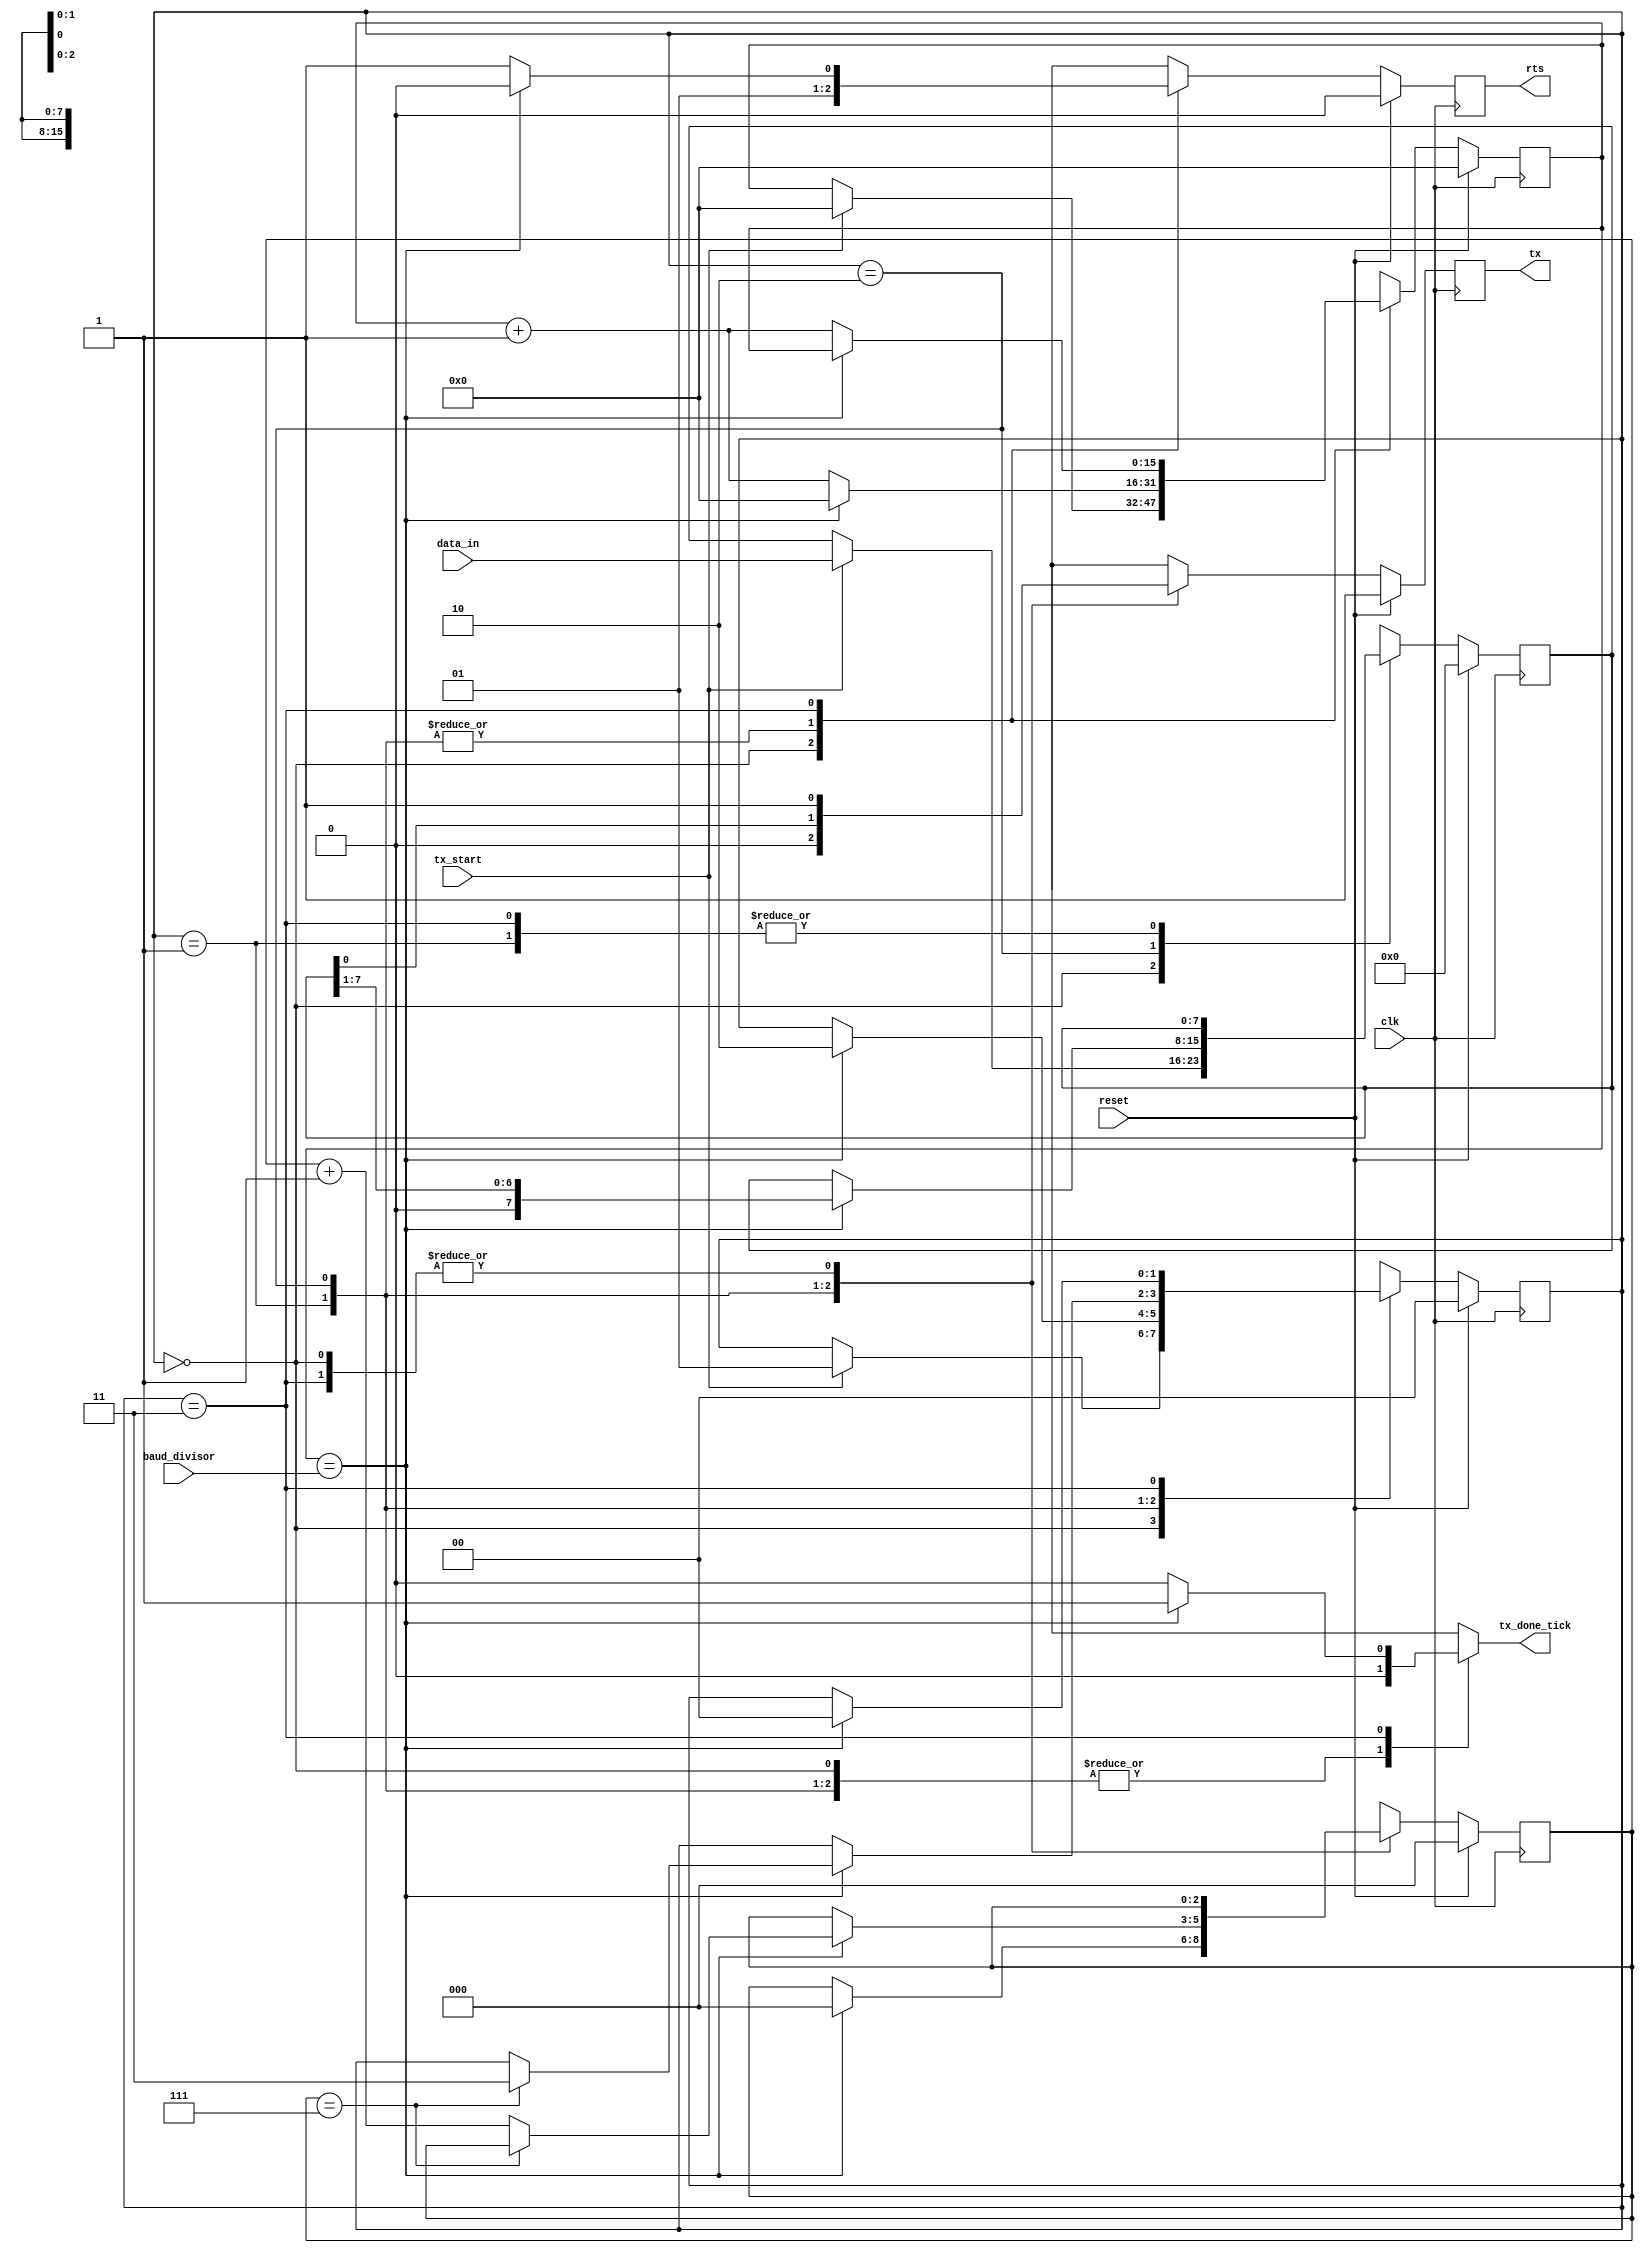
module uart_tx
	#(parameter
		DATA_BITS = 8,
		COUNTER_BITS = 16
	)
	(
		input wire clk,
		input wire reset,
		input wire tx_start,
		input wire [DATA_BITS-1:0] data_in,
		input wire [COUNTER_BITS-1:0] baud_divisor,
		output wire tx,
		output wire rts,
		output reg tx_done_tick
	);

	localparam [1:0]
		IDLE_STATE  = 2'd0,
		START_STATE = 2'd1,
		DATA_STATE  = 2'd2,
		STOP_STATE  = 2'd3;
	
	reg [1:0] state_current, state_next;
	reg [COUNTER_BITS-1:0] clk_counter_current, clk_counter_next;
	reg [2:0] bits_counter_current, bits_counter_next;
	reg [DATA_BITS-1:0] data_current, data_next;
	reg tx_current, tx_next;
	reg rts_current, rts_next;

	always @(posedge clk) begin
		if (reset) begin
			state_current <= IDLE_STATE;
			clk_counter_current <= 0;
			bits_counter_current <= 0;
			tx_current <= 1'b1;
			rts_current <= 0;
			data_current <= 0;
		end
		else begin
			state_current <= state_next;
			clk_counter_current <= clk_counter_next;
			bits_counter_current <= bits_counter_next;
			tx_current <= tx_next;
			rts_current <= rts_next;
			data_current <= data_next;
		end
	end

	always @* begin
		state_next = state_current;
		clk_counter_next = clk_counter_current;
		bits_counter_next = bits_counter_current;
		tx_next = tx_current;
		rts_next = rts_current;
		data_next = data_current;
		tx_done_tick = 1'b0;		

		case (state_current)

			IDLE_STATE: begin
				tx_next = 1'b1;
				rts_next = 0;
				if (tx_start) begin
					state_next = START_STATE;
					clk_counter_next = 0;
					data_next = data_in;
				end
			end

			START_STATE: begin
				tx_next = 1'b0;
				rts_next = 1'b1;
				if (clk_counter_current == baud_divisor) begin
					state_next = DATA_STATE;
					clk_counter_next = 0;
					bits_counter_next = 0;
				end
				else begin
					clk_counter_next = clk_counter_current + 1;
				end
			end

			DATA_STATE: begin
				tx_next = data_current[0];
				rts_next = 1'b1;
				if (clk_counter_current == baud_divisor) begin
					clk_counter_next = 0;
					data_next = data_current >> 1;
					if (bits_counter_current == (DATA_BITS-1)) begin
						state_next = STOP_STATE;
					end
					else begin
						bits_counter_next = bits_counter_current + 1;
					end
				end
				else begin
					clk_counter_next = clk_counter_current + 1;
				end
			end

			STOP_STATE: begin
				tx_next = 1'b1;
				rts_next = 1'b1;
				if (clk_counter_current == baud_divisor) begin
					state_next = IDLE_STATE;
					tx_done_tick = 1'b1;
					rts_next = 0;
				end
				else begin
					clk_counter_next = clk_counter_current + 1;					
				end
			end

		endcase
	end

	assign tx = tx_current;
	assign rts = rts_current;

endmodule